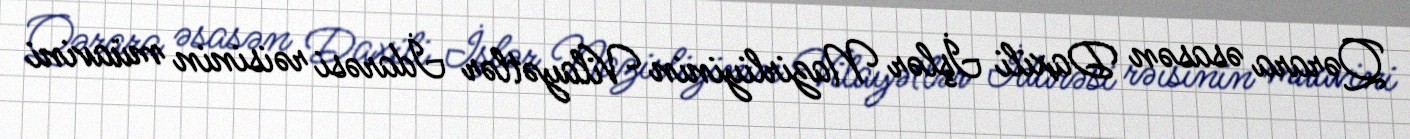
Qərara əsasən Daxili İşlər Nazirliyinin Vilayətlər İdarəsi rəisinin müavini